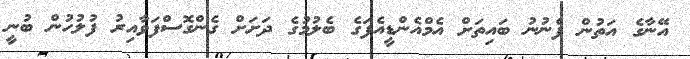
އޭނާގެ އަތުން ފެނުނު ބައިތަށް އެމްއެންޑީއެފަގެ ބެލުމުގެ ދަށަށް ގެންގޮސްފަވާއިރު ފުލުހުން ބުނީ